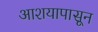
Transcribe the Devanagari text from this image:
आशयापासून